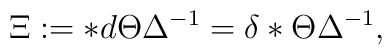
\Xi := *d \Theta\Delta^{-1} = \delta * \Theta \Delta^{-1} ,